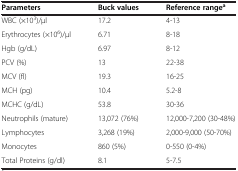
| Parameters | Buck values | Reference rangea |
 | --- | --- | --- |
 | WBC (×103)/μl | 17.2 | 4-13 |
 | Erythrocytes (×106)/μl | 6.71 | 8-18 |
 | Hgb (g/dL) | 6.97 | 8-12 |
 | PCV (%) | 13 | 22-38 |
 | MCV (fl) | 19.3 | 16-25 |
 | MCH (pg) | 10.4 | 5.2-8 |
 | MCHC (g/dL) | 53.8 | 30-36 |
 | Neutrophils (mature) | 13,072 (76%) | 12,000-7,200 (30-48%) |
 | Lymphocytes | 3,268 (19%) | 2,000-9,000 (50-70%) |
 | Monocytes | 860 (5%) | 0-550 (0-4%) |
 | Total Proteins (g/dl) | 8.1 | 5-7.5 |